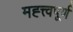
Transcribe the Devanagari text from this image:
मह्त्त्वपूर्ण